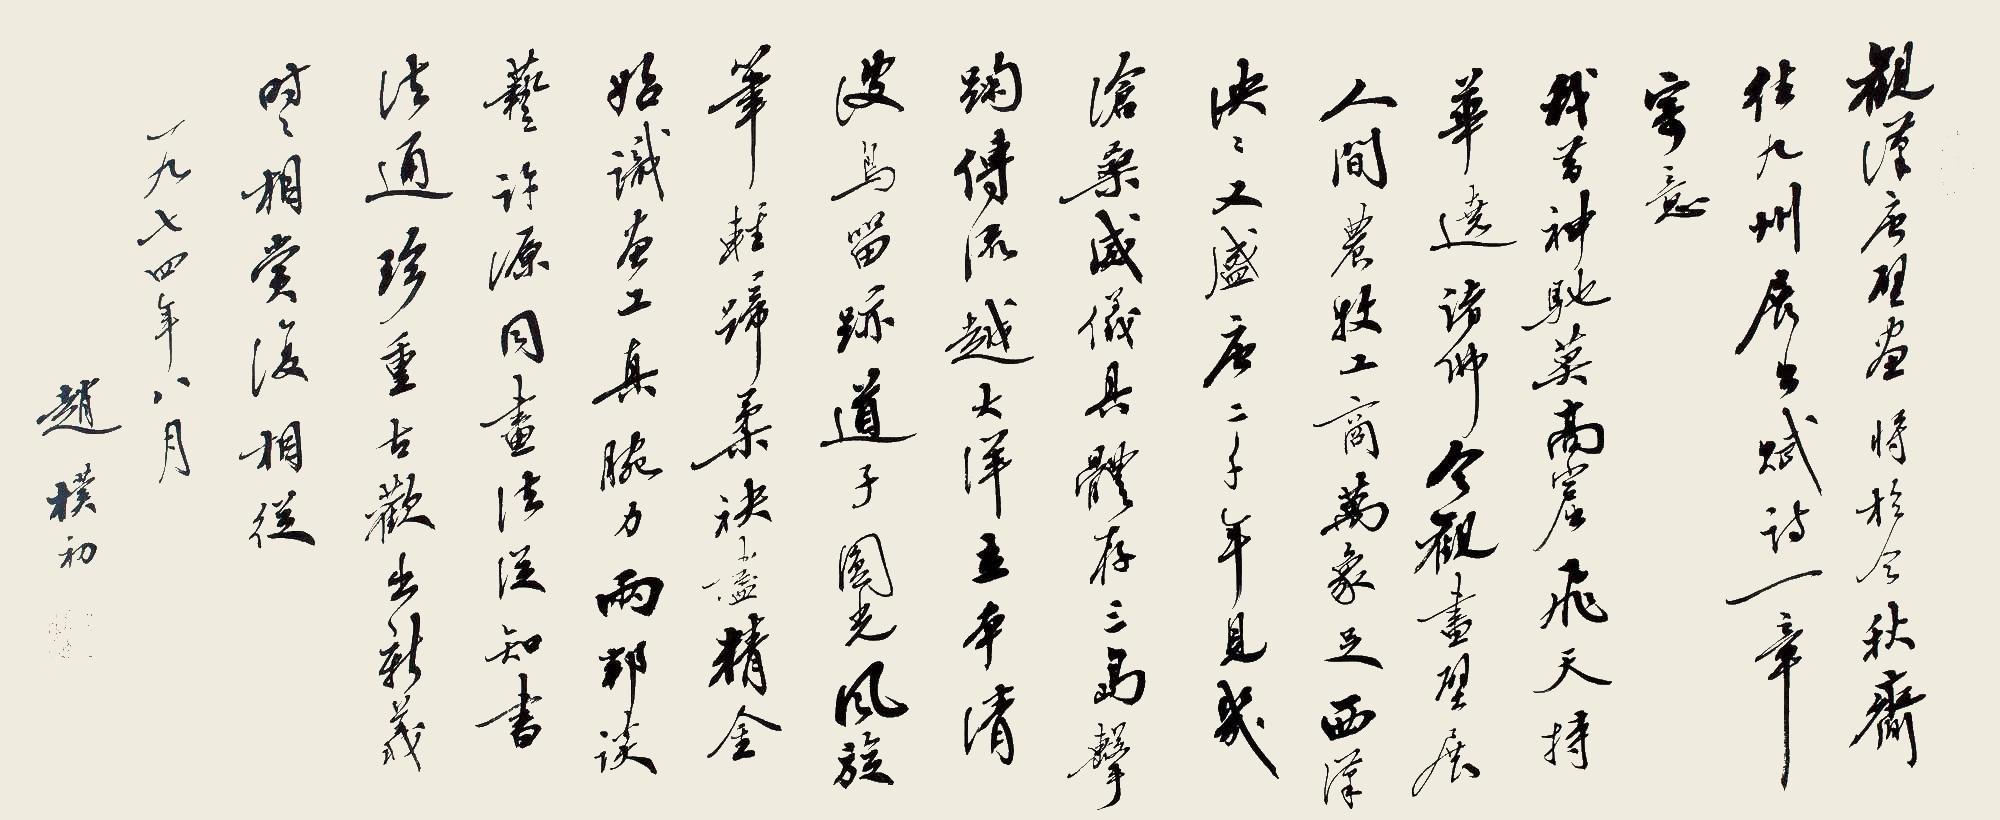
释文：观汉唐壁画将于金秋齐往九洲展出赋诗一章寄意。我昔神驰莫高窟，飞天持花绕诸佛。今观画壁展人间，农牧工商万象足。西汉泱泱又盛唐，二千年见几沧桑。威仪具体存三岛，击踘传流溯大洋。立本清波鸟留迹，道子圆光风旋笔。轻蹄柔袂尽精金。始识画工真腕力。两邦谈艺许源同，画法原与书法通。珍重古欢出新义，时时相赏复相从。一九七四年八月，赵朴初。